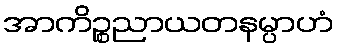
အာကိဉ္စညာယတနမ္ပာဟံ